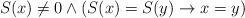
LaTeX: \begin{align*}S(x) \not= 0 \wedge (S(x) = S(y) \to x = y) \end{align*}